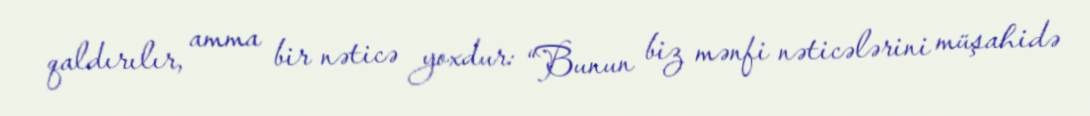
qaldırılır, amma bir nəticə yoxdur: “Bunun biz mənfi nəticələrini müşahidə